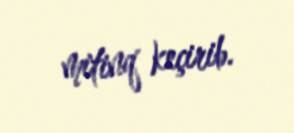
mitinq keçirib.